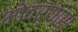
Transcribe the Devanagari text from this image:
भोवर्‍यास